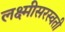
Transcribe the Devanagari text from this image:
लक्ष्मीसरस्वती